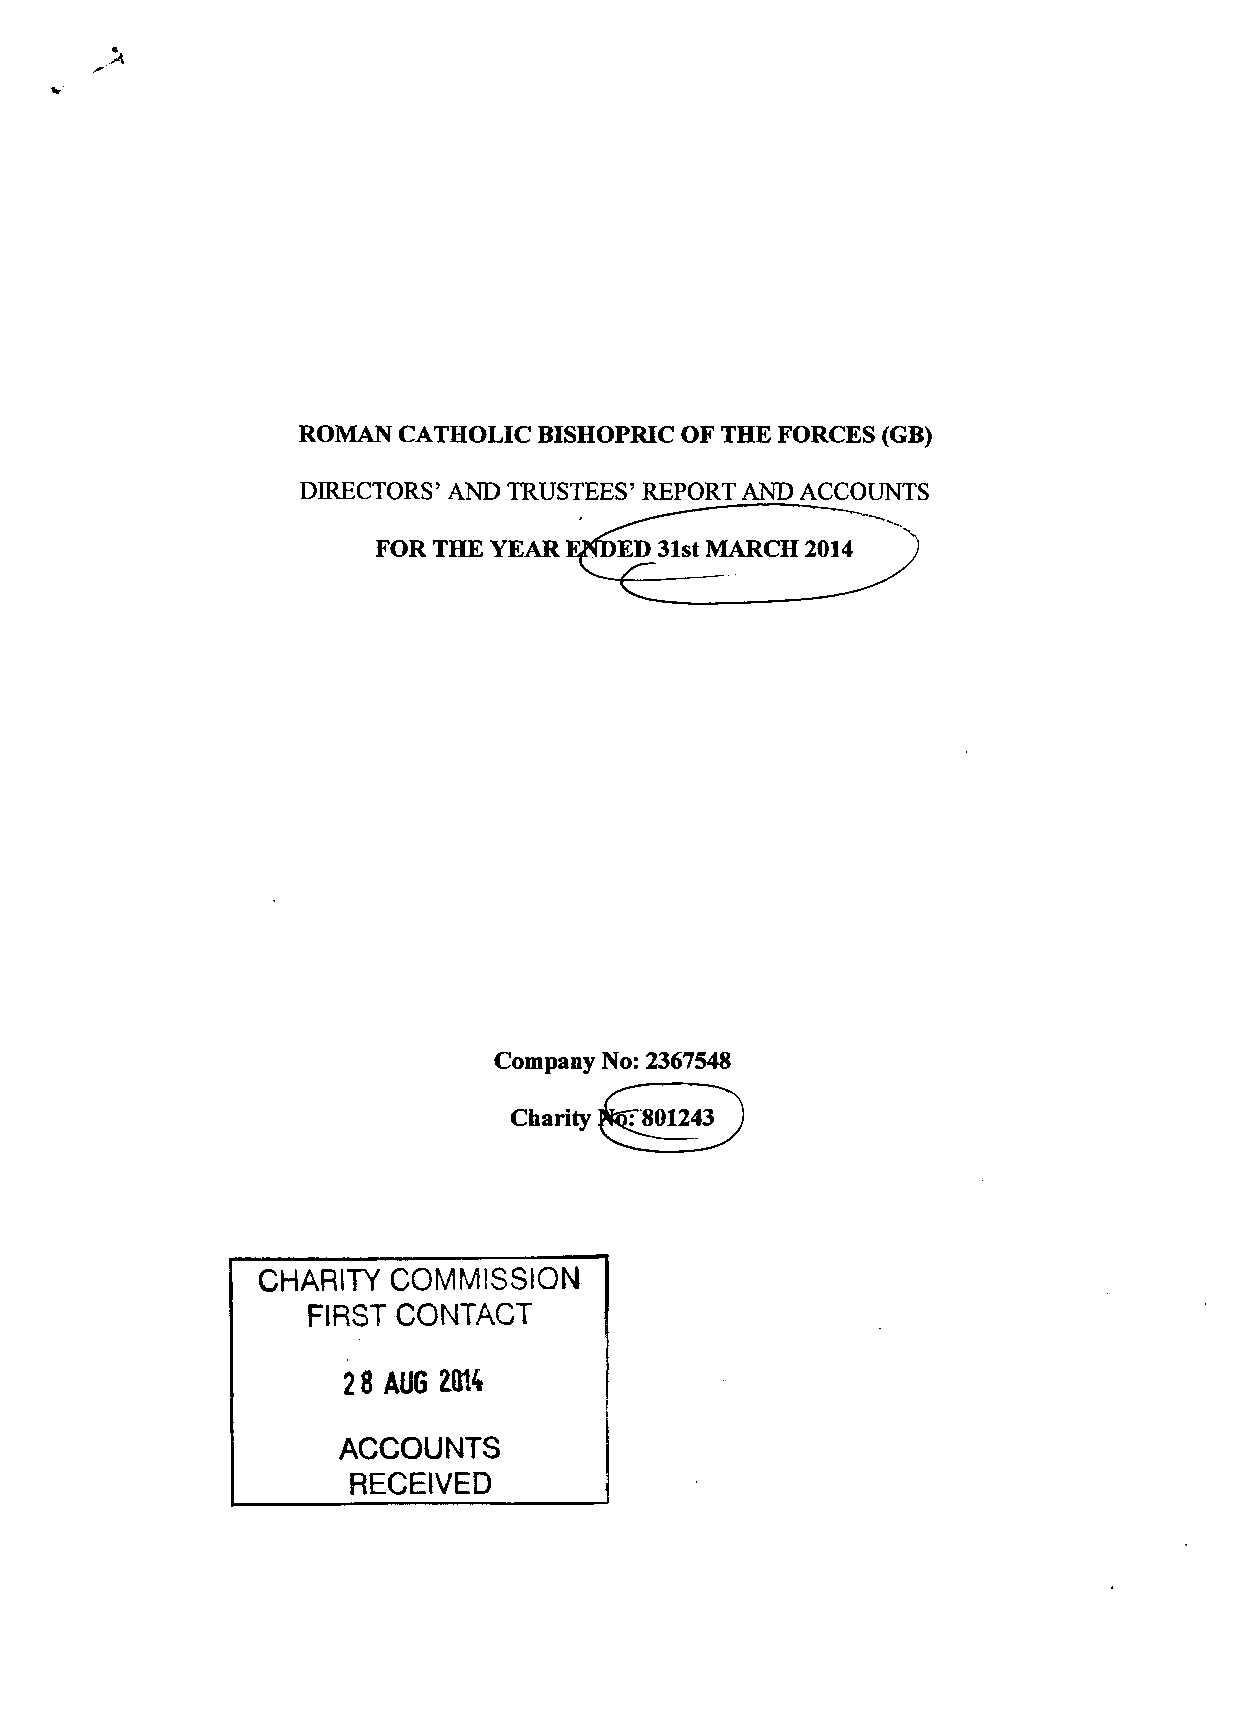
ROMAN CATHOLIC  BISHOPRIC OF THE FORCES (GB)
 DIRECTORS' AND TRUSTEES' REPORT AND AC€ OUNTS
 FOR THE YEAR EKDED 31st MARCH 2014 )
 Company No: 2367548
 CHARITY  COMMISSION
 FIRST CONTACT
 2 8 AUG 2Qtf
 ACCOUNTS
 RECEIVED